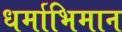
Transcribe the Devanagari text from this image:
धर्माभिमान